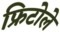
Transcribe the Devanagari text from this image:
फ्रिटोले